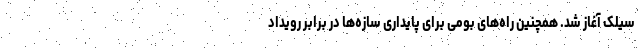
سیلک آغاز شد. همچنین راه‌های بومی برای پایداری سازه‌ها در برابر رویداد